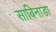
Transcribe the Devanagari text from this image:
साबिनाडा